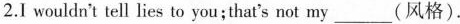
2.I wouldn't tell lies to you;that's not my___(风格).